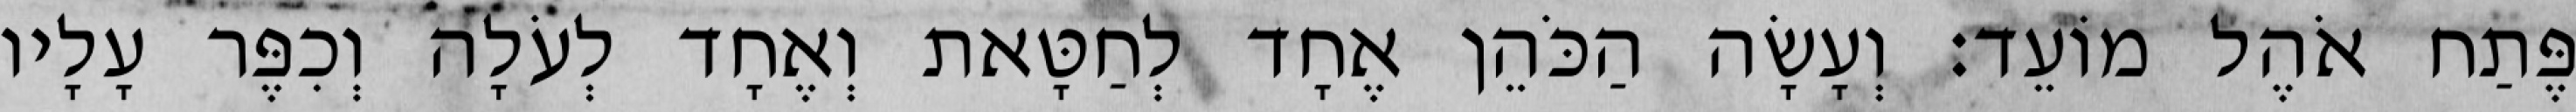
פֶּתַח אֹהֶל מוֹעֵד׃ וְעָשָׂה הַכֹּהֵן אֶחָד לְחַטָּאת וְאֶחָד לְעֹלָה וְכִפֶּר עָלָיו